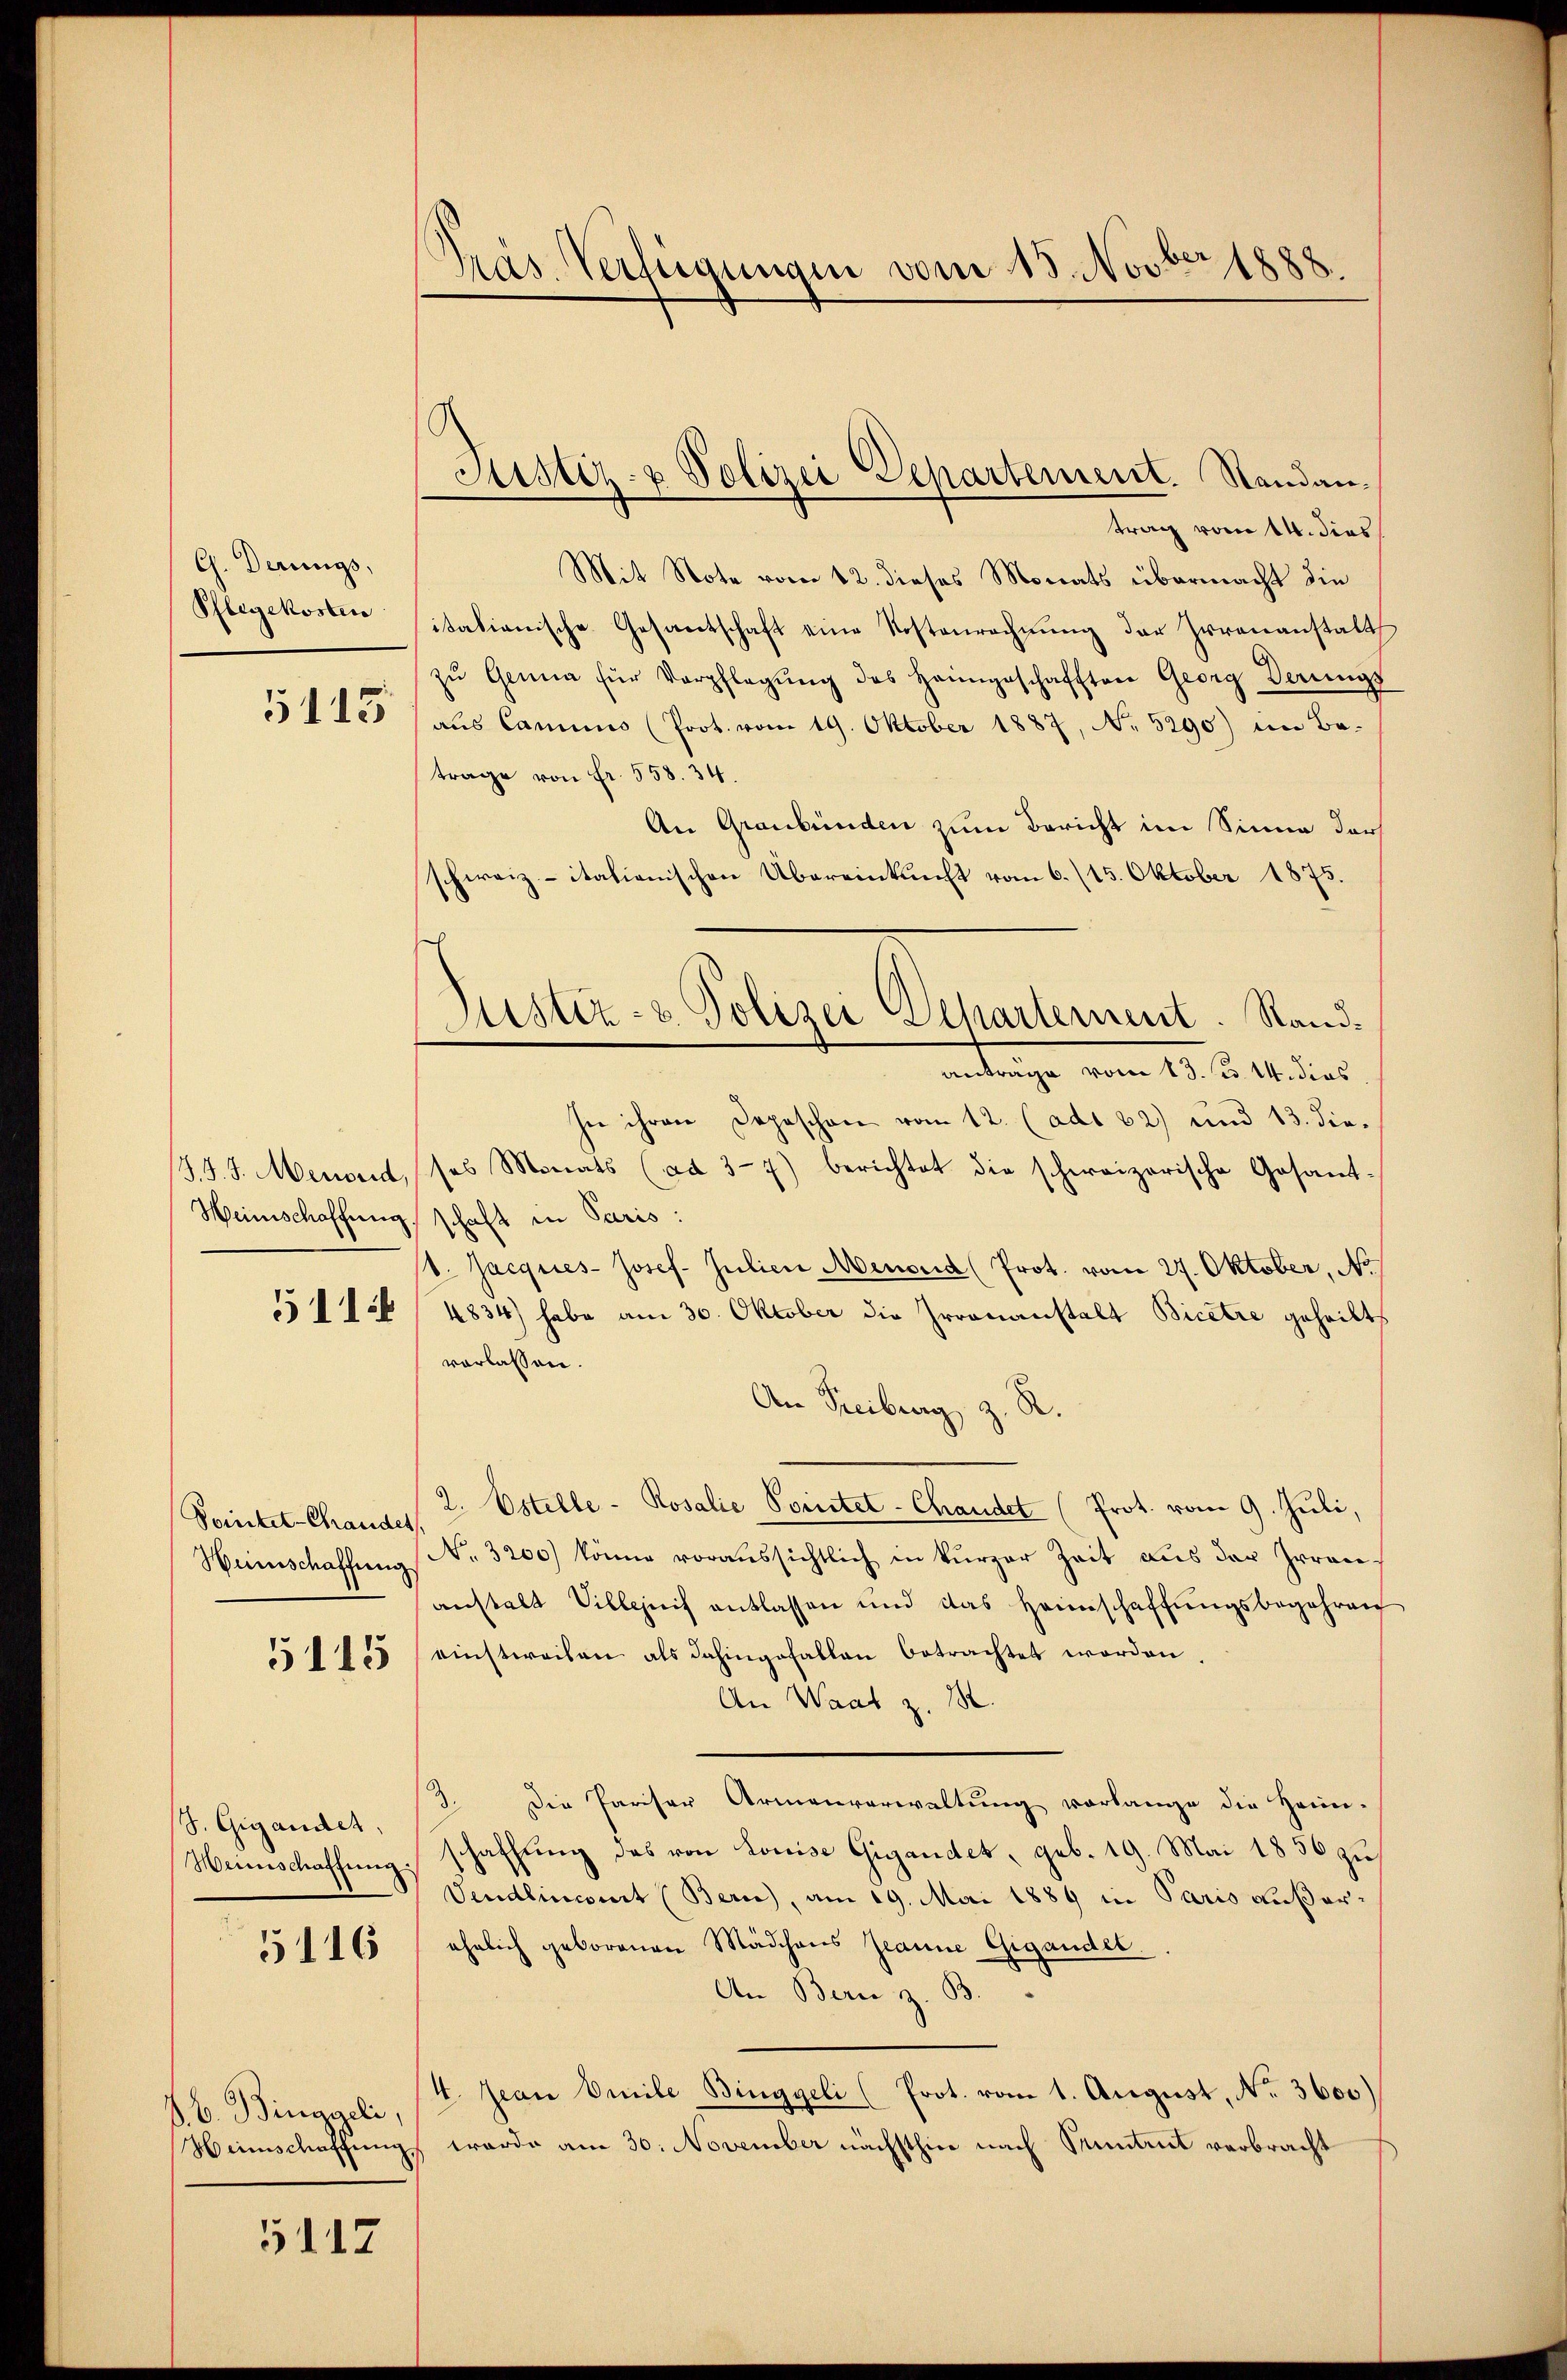
G. Derungs,
Pflegekosten

5115

511

Soiket-Chander
Heinschaffung

5115

S. Gigandet,

5116

J. B. Binggeli,

5117

Pras Verfügungen vom 18. Novber 1888.

Justiz- & Polizei Departement. Standan¬

ustiz- & Polizei Departement. Standanträge vom 13. ds. 14. dies

trag vom 14. dies
Mit Note vom 12. dieses Monats übermacht die
itationische Gesamtschaft eine Kostenrechnŭng der Irrenanstalt
zŭ Genua für Verpflegŭng des Heimgeschafften Georg Derŭngs
aus Camino (Prot. vom 19. Oktober 1887, No 5290) im Betrage von Fr. 558. 34.
An Graubünden zum Bericht im Sinne darf
schweiz.-itationischen Übereinkunft vom 6. (15. Oktober 1875.
In ihren Depeschon vom 12. (ad 32) und 13. die¬
(J. J. J. Menden, ses Monats (ad 37) berichtet die schereizerische Gesamt-
Heinschaffung, schaft in Paris:
s. Jacques Josef- Julien Menoud (Prot. vom 27. Oktober, No
4834) habe am 30. Oktober die Irrenanstalt Bicetre geheilt,
vorlassen.
An Freiburg, z. R.
2. Ostelle - Rosalie Pointet-Chandet (Prot. vom 9. Juli,
No. 3200) könne voraussichtlich in kürzer Zeit aus der Irren
anstalt Villnif entlassen und das Heimschaffŭngsbegehren
einstweilen als dahingefallen betrachtet worden.
An Waat z. 18.
3. Die Pariser Armenverwaltung vorlange die Heim-
Weinschaffung schaffung das von Louise Gigandet, geb. 19. Mai 1856 zu
Vendlincomit (Bern), am 19. Mai 1889 in Paris außerähnlich geborenen Mädchens Jeanne Gigandel.
An Bern z. B.
/4. Jean Omile Binggeli (Prot. vom 1. August, No. 3600)
Weinschaffung werde am 30. November nächsthier nach Pruntrut verbracht